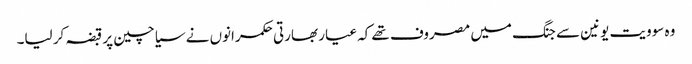
وہ سوویت یونین سے جنگ میں مصروف تھے کہ عیار بھارتی حکمرانوں نے سیاچین پر قبضہ کر لیا۔